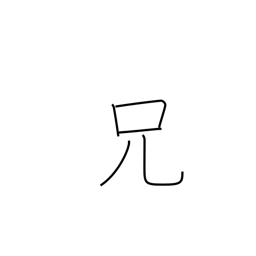
Meaning: elder brother